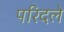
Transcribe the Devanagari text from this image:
परिदले